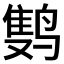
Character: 𲎂